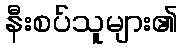
နီးစပ်သူများ၏